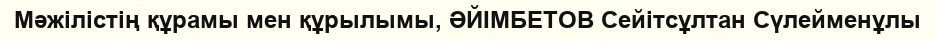
Мәжілістің құрамы мен құрылымы, ӘЙІМБЕТОВ Сейітсұлтан Сүлейменұлы